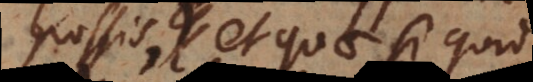
possis, et quae si quid